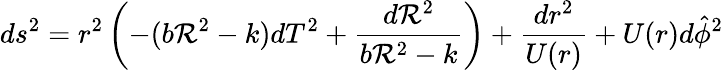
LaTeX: ds^{2}=r^{2}\left(-(b\mathcal{R}^{2}-k)dT^{2}+\frac{{d\mathcal{R}^{2}}}{{b\mathcal{R}^{2}-k}}\right)+\frac{{dr^{2}}}{{U(r)}}+U(r)d\hat{{\phi}}^{2}